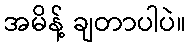
အမိန့် ချတာပါပဲ။